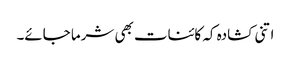
اتنی کشادہ کہ کائنات بھی شرما جائے۔